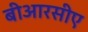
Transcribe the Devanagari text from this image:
बीआरसीए